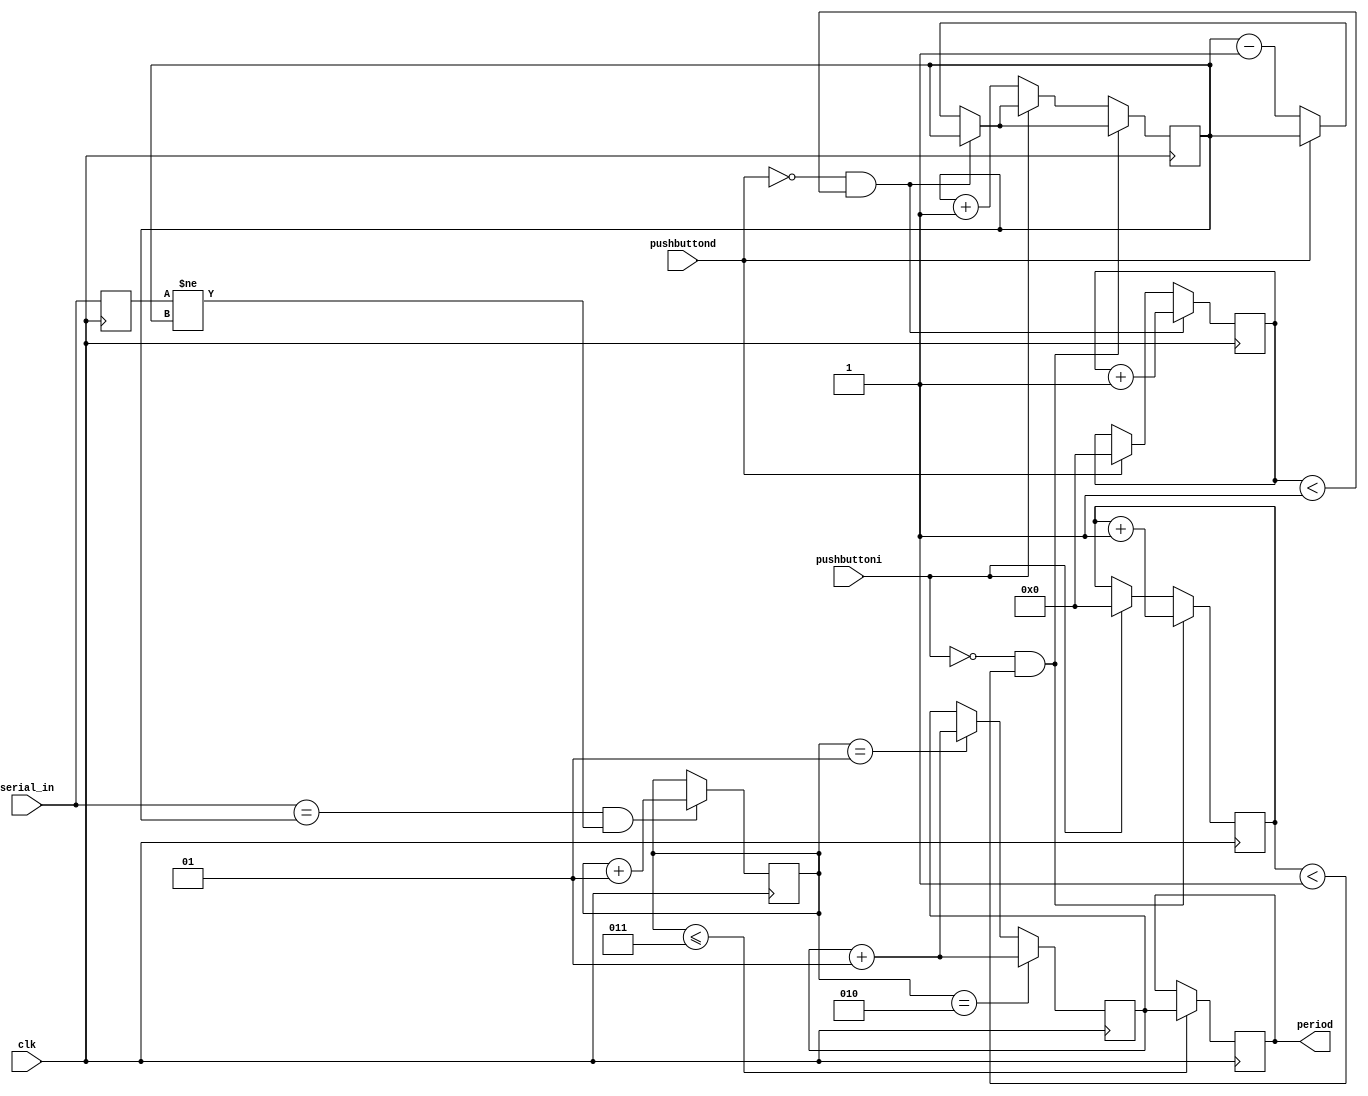
//Frequency Finder
module frequencyfinder(clk,serial_in,pushbuttond,pushbuttoni,period);
input clk;
input pushbuttoni,pushbuttond;
input [11:0] serial_in;
output reg [31:0] period;
integer pushbuttond_counter;
integer pushbuttoni_counter;
reg [31:0] trigger;
reg [11:0] memory_serial_in; 
integer counter,dummy;
initial
begin
trigger <= 2;
memory_serial_in<=0;
dummy <= 0;
counter <= 0;
period <=0;
end

always @(posedge clk)
begin

if (serial_in == trigger && memory_serial_in != trigger)
begin
counter <= counter +1;
end

if (counter == 1)
begin
dummy<= dummy +1;
end

if (counter == 2)
begin
		dummy <= dummy + 1;
	end
	if (counter <= 3)
	period <= dummy;

	
//Buttons come here	
	if (pushbuttond == 0 && pushbuttond_counter < 'd1)
	begin
		pushbuttond_counter <= pushbuttond_counter + 'd1;
	end 
	else if (pushbuttond == 1) 
	begin
		pushbuttond_counter <= 0;
	end
	else
	begin
	trigger <= trigger - 1;
	end
	
	if (pushbuttoni == 0 && pushbuttoni_counter < 'd1)
	begin
		pushbuttoni_counter <= pushbuttoni_counter + 'd1;
	end 
	else if (pushbuttoni == 1) 
	begin
		pushbuttoni_counter <= 0;
	end
	else
	begin
		trigger <= trigger + 1;
	end
	memory_serial_in <= serial_in;
end
endmodule